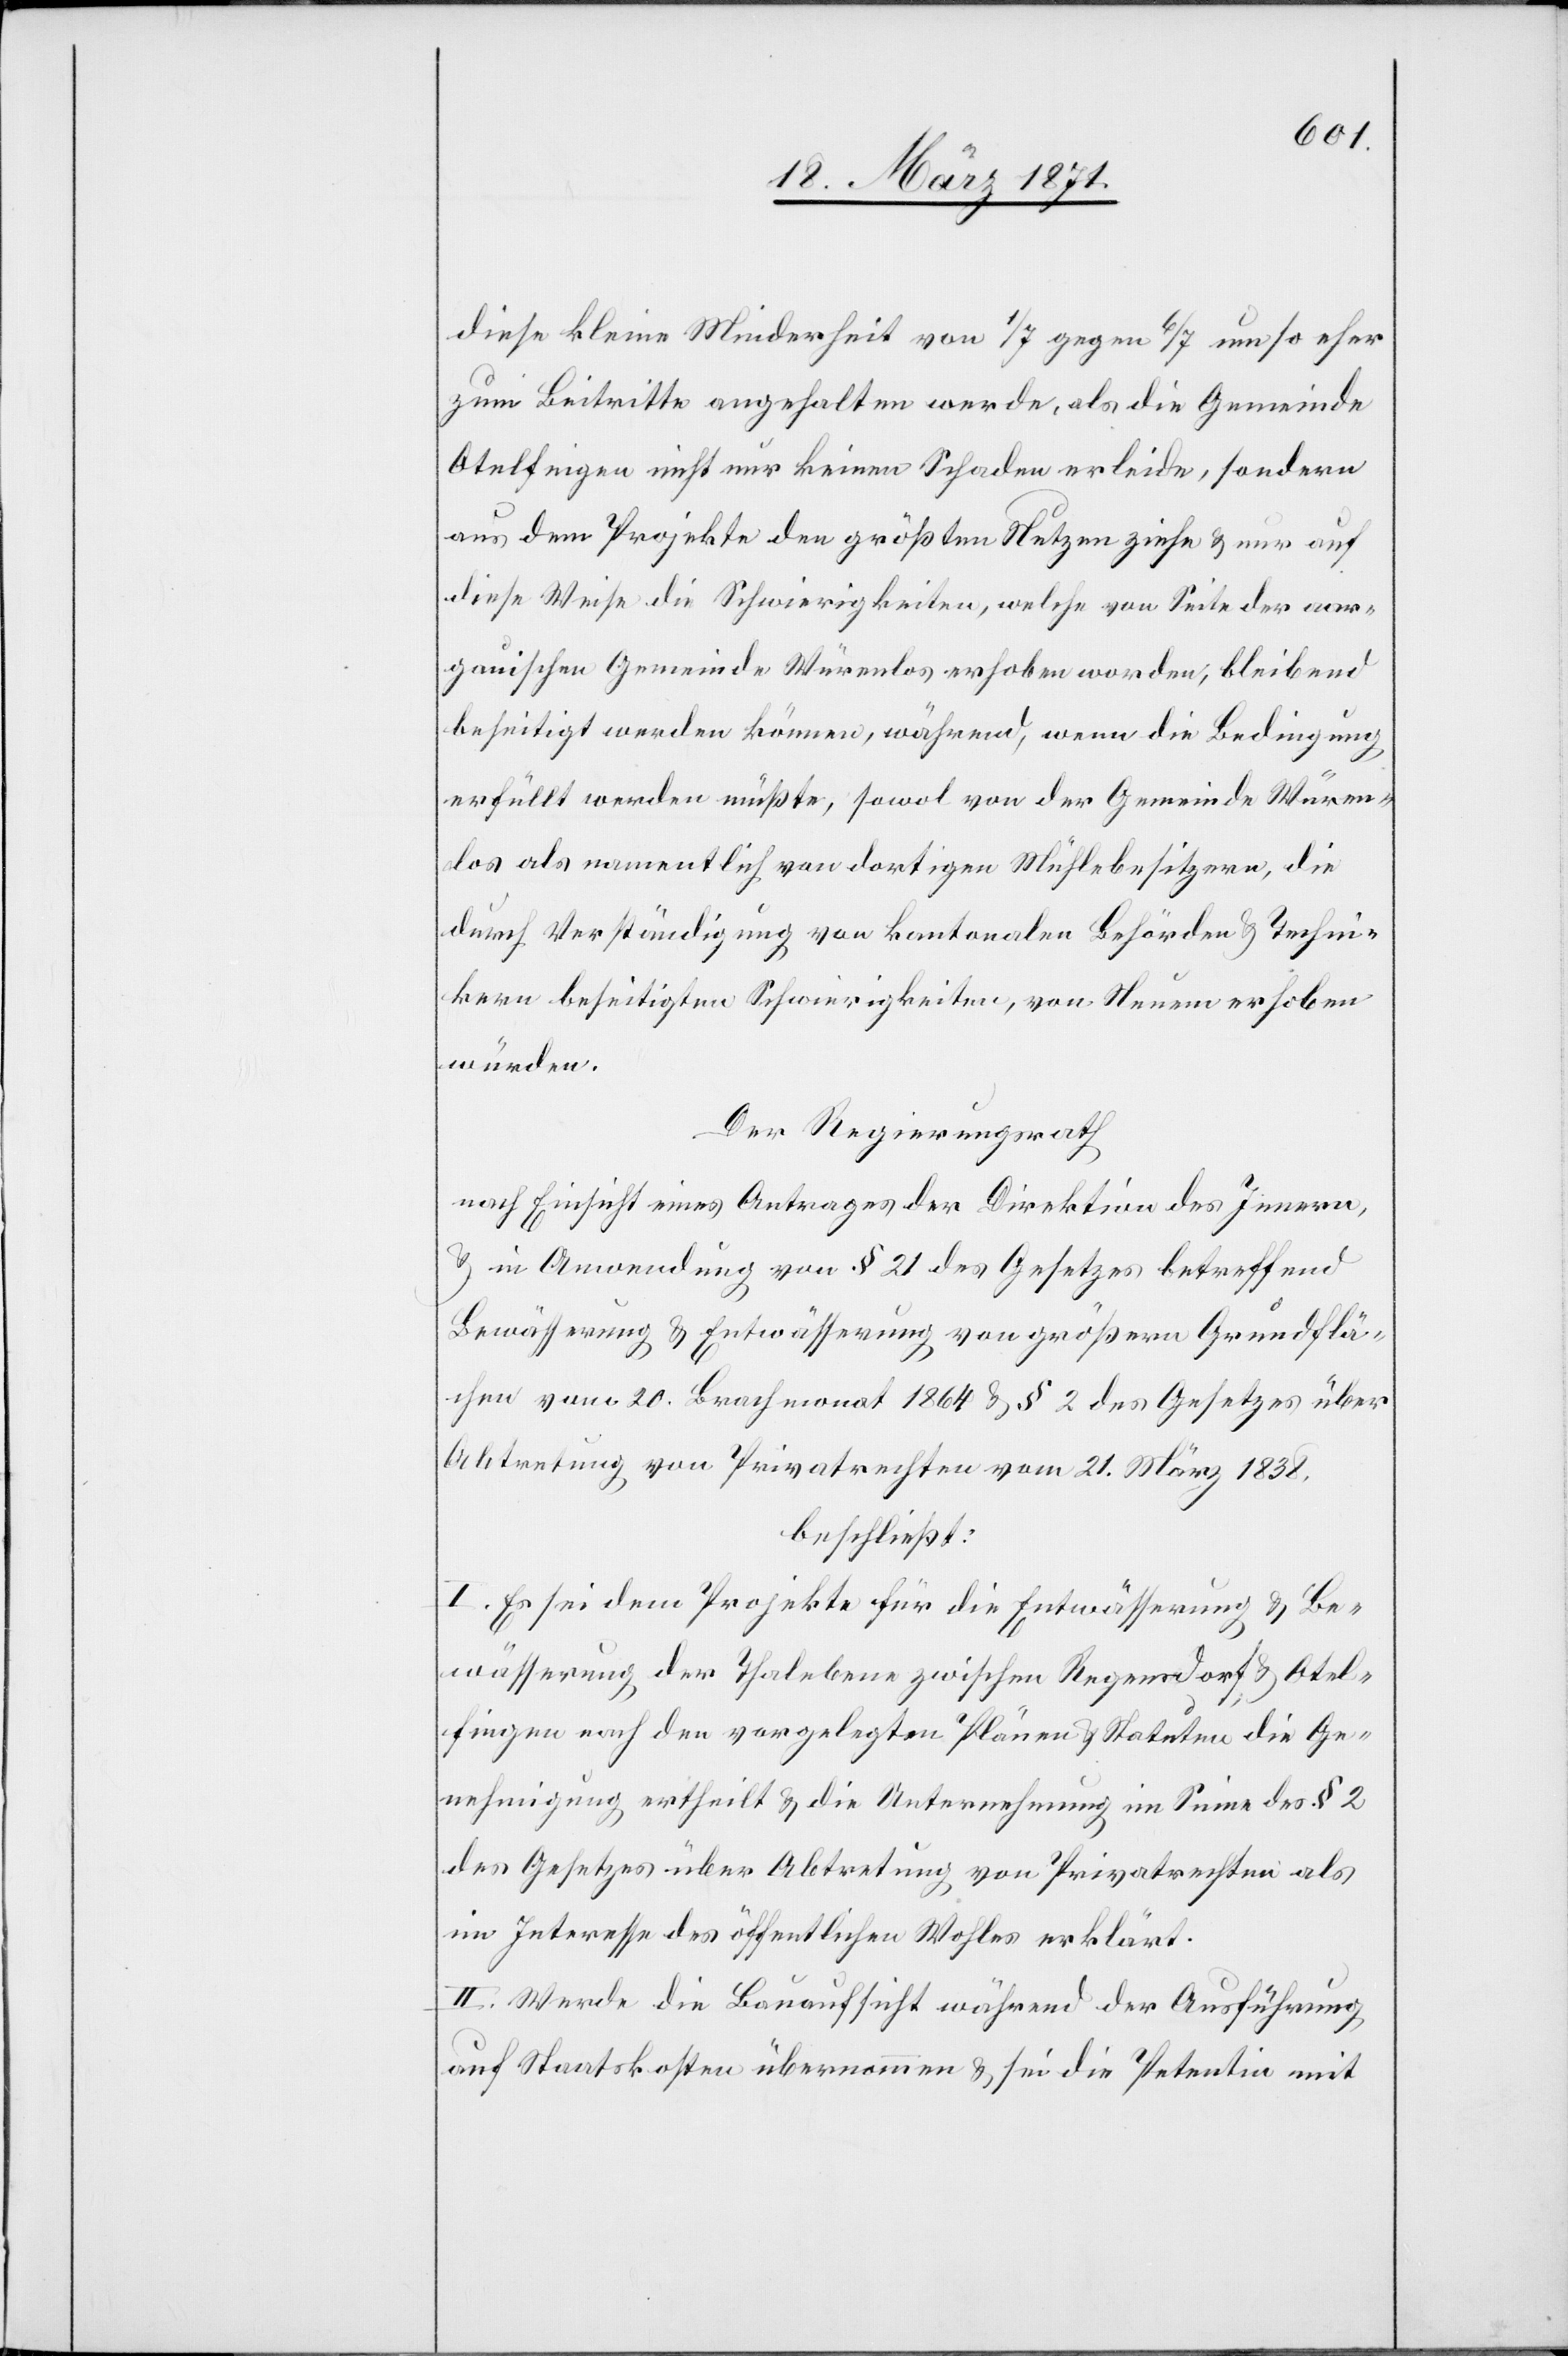
diese kleine Minderheit von 1/7 gegen 6/7 um so eher
zum Beitritte angehalten werde, als die Gemeinde
Otelfingen nicht nur keinen Schaden erleide, sondern
aus dem Projekte den größten Nutzen ziehen u. nur auf
diese Weise die Schwierigkeiten, welche von Seite der aar¬
gauischen Gemeinde Würenlos erhoben worden, bleibend
beseitigt werden können, während, wenn die Bedingung
erfüllt werden müßte, sowol von der Gemeinde Würen¬
los als namentlich von dortigen Mühlebesitzern, die
durch Verständigung von kantonalen Behörden u. Techni¬
kern beseitigten Schwierigkeiten, von Neuem erhoben
würden.
Der Regierungsrath
nach Einsicht eines Antrages der Direktion des Innern,
u. in Anwendung von § 21 des Gesetzes betreffend
Bewässerung u. Entwässerung von größern Grundflä¬
chen vom 20. Brachmonat 1864 u. § 2 des Gesetzes über
Abtretung von Privatrechten vom 21. März 1838.
beschließt:
I. Es sei dem Projekte für die Entwässerung u. Be¬
wässerung der Thalebene zwischen Regensdorf u. Otel¬
fingen nach den vorgelegten Plänen u. Statuten die Ge¬
nehmigung ertheilt u. die Unternehmung im Sinne des § 2
des Gesetzes über Abtretung von Privatrechten als
im Interesse des öffentlichen Wohles erklärt.
II. Wurde die Bauaufsicht während der Ausführung
auf Staatskosten übernommen u. sei die Petentin mit